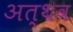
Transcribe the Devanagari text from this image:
अत्थव